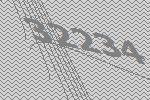
32234